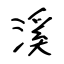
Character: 溪